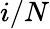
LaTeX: i/N